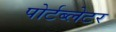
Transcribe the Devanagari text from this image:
पोर्टब्लेटर